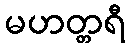
မဟတ္တရီ